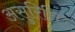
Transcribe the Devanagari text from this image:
असुरिति